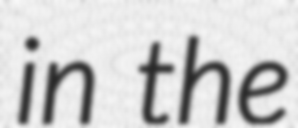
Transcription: in the